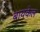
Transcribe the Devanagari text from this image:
बायकेल